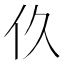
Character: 𬽧